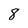
Character: 8